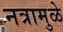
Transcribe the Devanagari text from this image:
नत्रामुळे